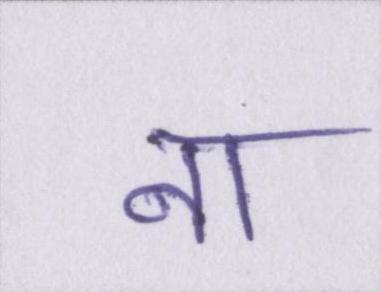
ना